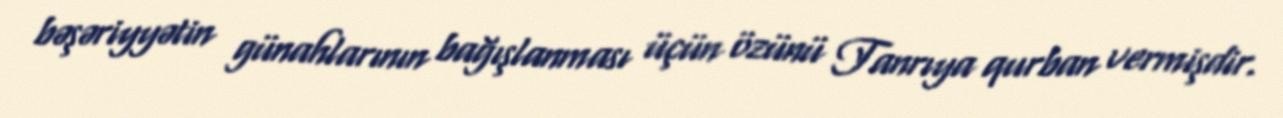
bəşəriyyətin günahlarının bağışlanması üçün özünü Tanrıya qurban vermişdir.